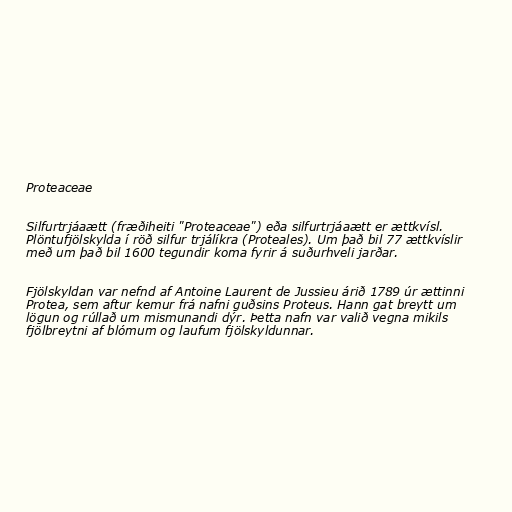
Proteaceae

Silfurtrjáaætt (fræðiheiti "Proteaceae") eða silfurtrjáaætt er ættkvísl.
Plöntufjölskylda í röð silfur trjálíkra (Proteales). Um það bil 77 ættkvíslir
með um það bil 1600 tegundir koma fyrir á suðurhveli jarðar.

Fjölskyldan var nefnd af Antoine Laurent de Jussieu árið 1789 úr ættinni
Protea, sem aftur kemur frá nafni guðsins Proteus. Hann gat breytt um
lögun og rúllað um mismunandi dýr. Þetta nafn var valið vegna mikils
fjölbreytni af blómum og laufum fjölskyldunnar.